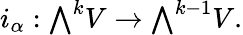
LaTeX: i_{\alpha}:{\textstyle\bigwedge}^{k}V\rightarrow{\textstyle\bigwedge}^{k-1}V.